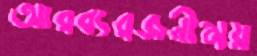
আরব্যরজনীময়